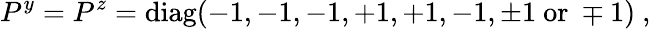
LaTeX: P^{y}=P^{z}=\mathrm{diag}(-1,-1,-1,+1,+1,-1,\pm 1~\mathrm{or}~\mp 1)~,~\,